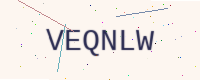
Text: VEQNLW